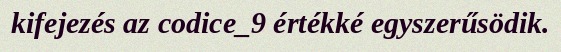
kifejezés az codice_9 értékké egyszerűsödik.